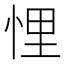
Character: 悝